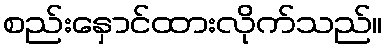
စည်းနှောင်ထားလိုက်သည်။